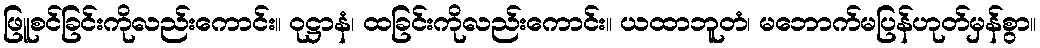
ဖြူစင်ခြင်းကိုလည်းကောင်း။ ဝုဋ္ဌာနံ၊ ထခြင်းကိုလည်းကောင်း။ ယထာဘူတံ၊ မဘောက်မပြန်ဟုတ်မှန်စွာ။